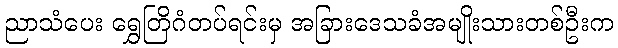
ညာသံပေး ရွှေတြိဂံတပ်ရင်းမှ အခြားဒေသခံအမျိုးသားတစ်ဦးက